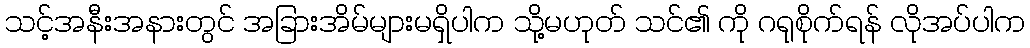
သင့်အနီးအနားတွင် အခြားအိမ်များမရှိပါက သို့မဟုတ် သင်၏ ကို ဂရုစိုက်ရန် လိုအပ်ပါက